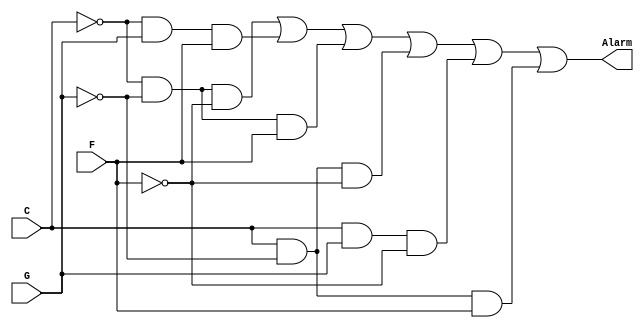
// Copyright (C) 2020  Intel Corporation. All rights reserved.
// Your use of Intel Corporation's design tools, logic functions 
// and other software and tools, and any partner logic 
// functions, and any output files from any of the foregoing 
// (including device programming or simulation files), and any 
// associated documentation or information are expressly subject 
// to the terms and conditions of the Intel Program License 
// Subscription Agreement, the Intel Quartus Prime License Agreement,
// the Intel FPGA IP License Agreement, or other applicable license
// agreement, including, without limitation, that your use is for
// the sole purpose of programming logic devices manufactured by
// Intel and sold by Intel or its authorized distributors.  Please
// refer to the applicable agreement for further details, at
// https://fpgasoftware.intel.com/eula.

// PROGRAM		"Quartus Prime"
// VERSION		"Version 20.1.0 Build 711 06/05/2020 SJ Standard Edition"
// CREATED		"Fri Sep 04 09:36:35 2020"

module lab2step2(
	C,
	G,
	F,
	Alarm
);


input wire	C;
input wire	G;
input wire	F;
output wire	Alarm;

wire	SYNTHESIZED_WIRE_16;
wire	SYNTHESIZED_WIRE_17;
wire	SYNTHESIZED_WIRE_18;
wire	SYNTHESIZED_WIRE_10;
wire	SYNTHESIZED_WIRE_11;
wire	SYNTHESIZED_WIRE_12;
wire	SYNTHESIZED_WIRE_13;
wire	SYNTHESIZED_WIRE_14;
wire	SYNTHESIZED_WIRE_15;




assign	SYNTHESIZED_WIRE_16 =  ~C;

assign	SYNTHESIZED_WIRE_17 =  ~G;

assign	SYNTHESIZED_WIRE_18 =  ~F;

assign	SYNTHESIZED_WIRE_10 = SYNTHESIZED_WIRE_16 & SYNTHESIZED_WIRE_17 & SYNTHESIZED_WIRE_18;

assign	SYNTHESIZED_WIRE_12 = SYNTHESIZED_WIRE_16 & SYNTHESIZED_WIRE_17 & F;

assign	SYNTHESIZED_WIRE_11 = SYNTHESIZED_WIRE_16 & G & F;

assign	SYNTHESIZED_WIRE_13 = C & SYNTHESIZED_WIRE_17 & SYNTHESIZED_WIRE_18;

assign	SYNTHESIZED_WIRE_14 = C & G & SYNTHESIZED_WIRE_18;

assign	SYNTHESIZED_WIRE_15 = C & SYNTHESIZED_WIRE_17 & F;

assign	Alarm = SYNTHESIZED_WIRE_10 | SYNTHESIZED_WIRE_11 | SYNTHESIZED_WIRE_12 | SYNTHESIZED_WIRE_13 | SYNTHESIZED_WIRE_14 | SYNTHESIZED_WIRE_15;


endmodule